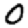
Digit: 0